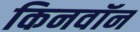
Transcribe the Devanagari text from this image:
किनवॉन